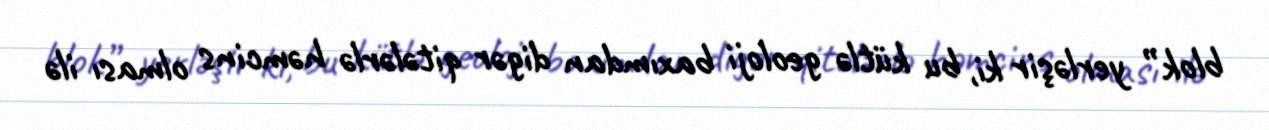
blok” yerləşir ki, bu kütlə geoloji baxımdan digər qitələrlə həmcins olması ilə